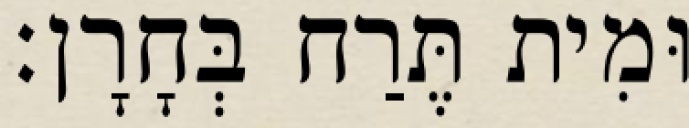
וּמִית תֶּרַח בְּחָרָן׃